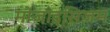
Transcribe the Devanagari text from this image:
मोजा़इसिज़म